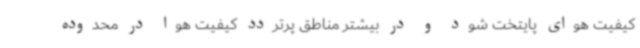
کیفیت هوای پایتخت شود و در بیشتر مناطق پرتردد کیفیت هوا در محدوده